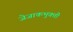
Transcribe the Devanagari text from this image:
जेजाकभुक्ती